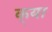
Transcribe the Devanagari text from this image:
क्‌या